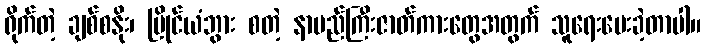
ရိုက်တဲ့ ချစ်စနိုး၊ မြိုင်ယံဘွား စတဲ့ နာမည်ကြီးဇာတ်ကားတွေအတွက် သူရေးပေးခဲ့တာပါ။